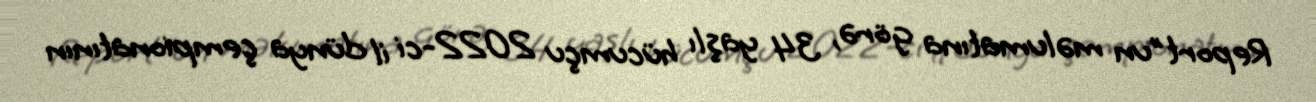
Report"un məlumatına görə, 34 yaşlı hücumçu 2022-ci il dünya çempionatının